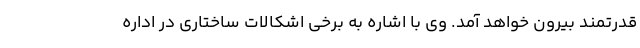
قدرتمند بیرون خواهد آمد. وی با اشاره به برخی اشکالات ساختاری در اداره